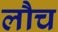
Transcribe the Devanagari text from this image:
लौच